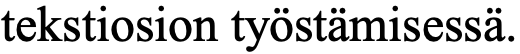
tekstiosion työstämisessä.